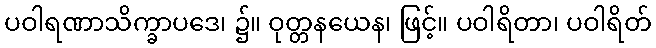
ပဝါရဏာသိက္ခာပဒေ၊ ၌။ ဝုတ္တနယေန၊ ဖြင့်။ ပဝါရိတာ၊ ပဝါရိတ်